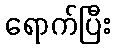
ရောက်ပြီး